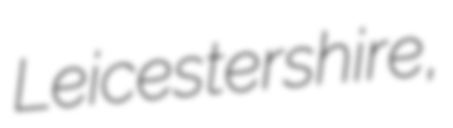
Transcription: Leicestershire,